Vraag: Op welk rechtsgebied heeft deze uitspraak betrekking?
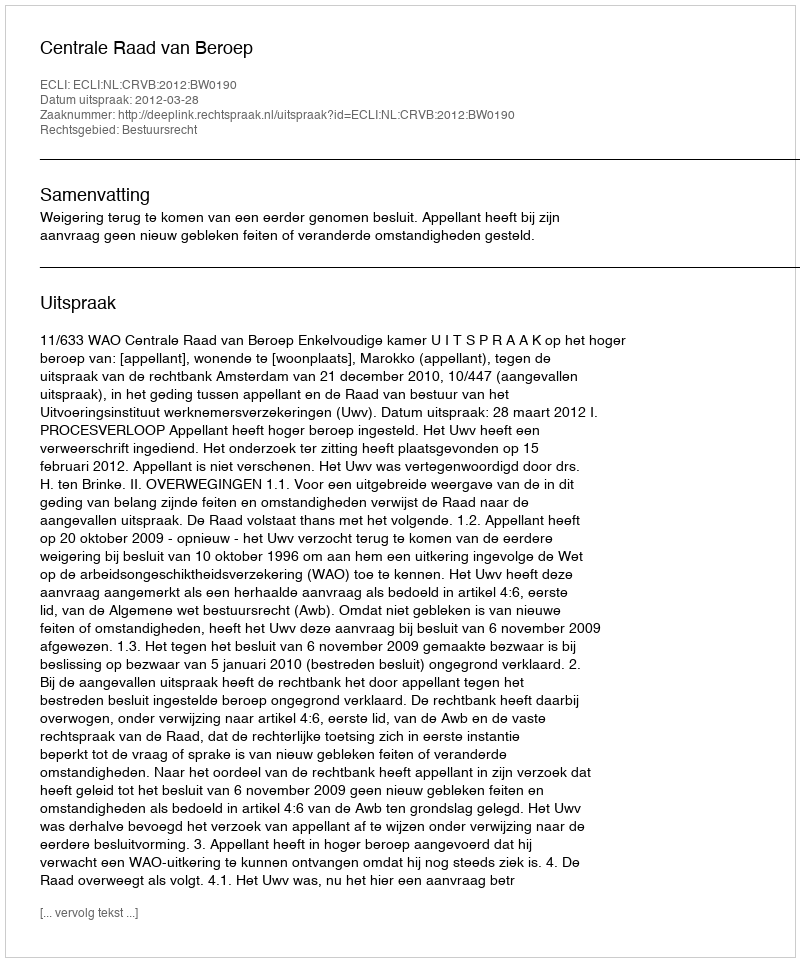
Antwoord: Bestuursrecht